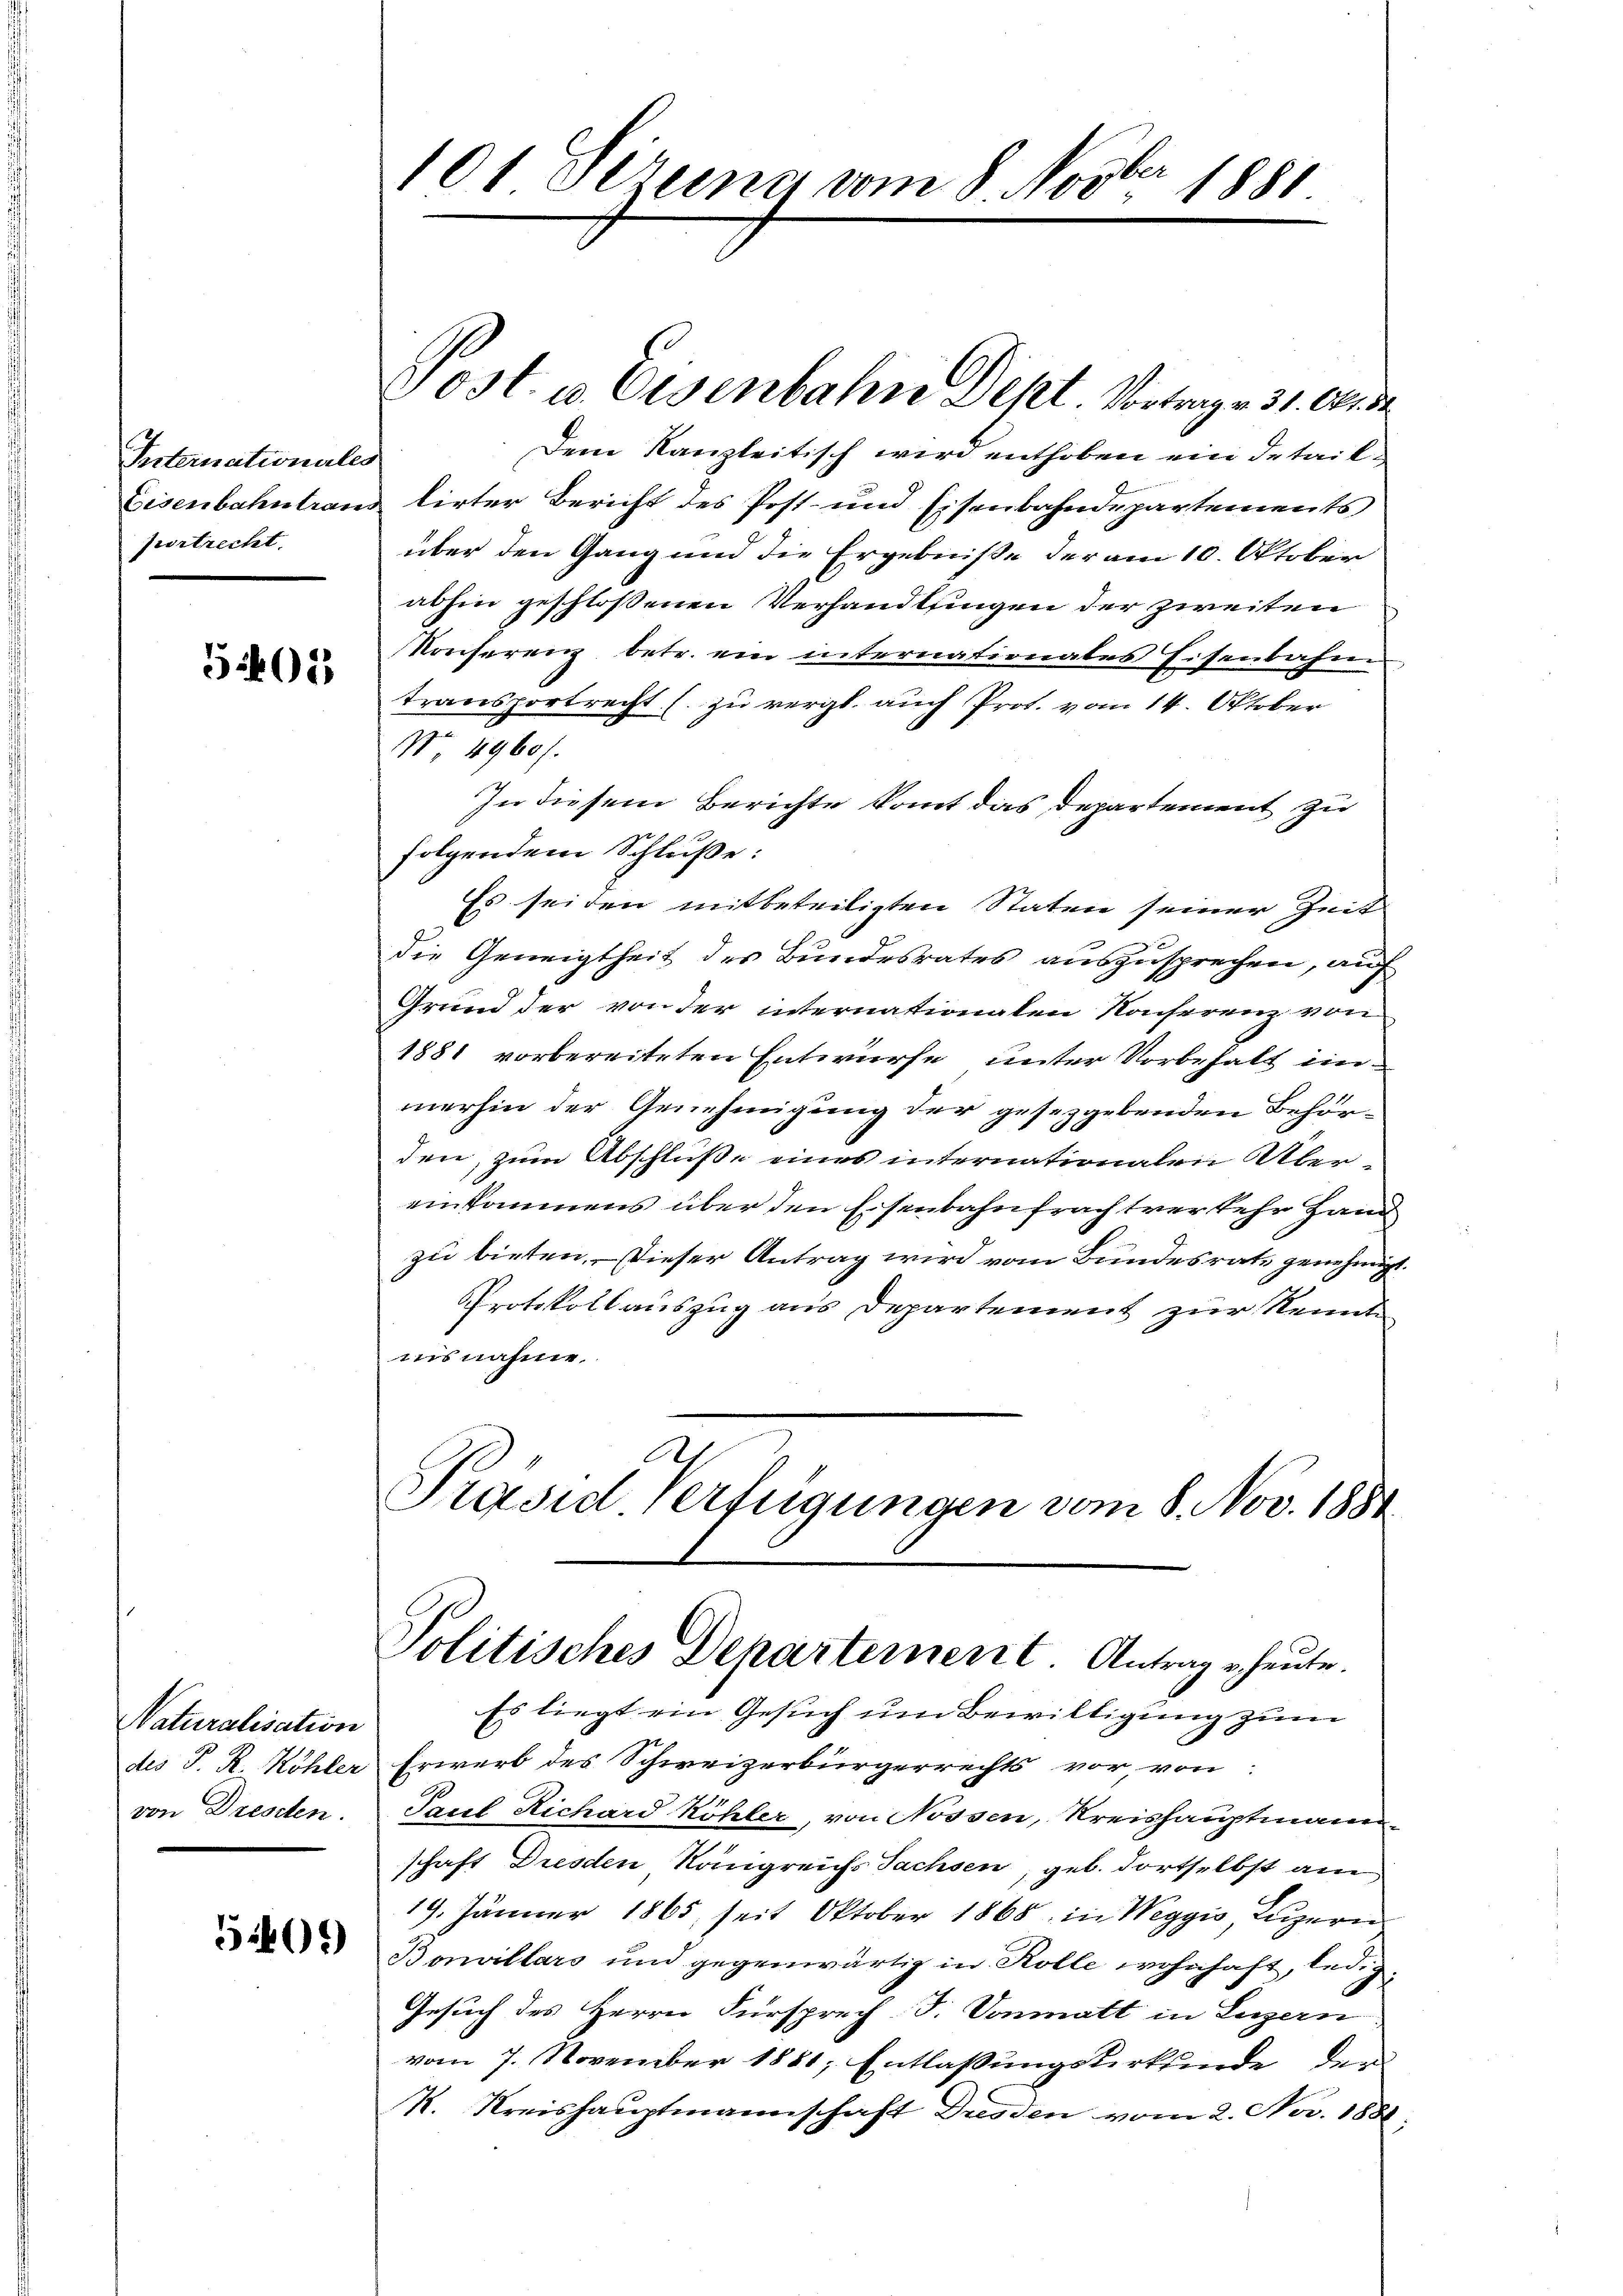
Priternationales
prtrecht.

5405

Naturalisation
des P. R. Köhler
von Dresten.

5401)

101 Sezena vom 8. Novber 1881

Post Eisenbahne Dept. Vortrag v. 31. Okto
Dem Kanzleitisch wird enthoben ein detail¬
Eisenbahntraus lirter Bericht des Post- und Eisenbahndepartements
über den Gang und die Ergebniße der am 10. Oktober
abhin geschlossenen Verhandlungen der zweiten
Konferenz betr. ein internationates Eisenbahn
transportrecht (zu vergl. auch Prot. vom 14. Oktober
No. 4960/
In diesem Berichte kommt das Departement zu
folgendem Schluße:
Es seiden mitbeteiligten Staten seiner Zeit
die Geneigtheit des Bundesrates auszusprechen, auf
Grund der von der internationalen Konferenz von
1881 vorbereiteten Entwurfe unter Vorbehalt einmerhin der Genehmigung der gesezgebenden Behörden, zum Abschluße eines internationalen Über-
einkommens über den Eisenbahnfrachtver sehr Hand
zu bieten. – Dieser Antrag wird vom Bundesrats genehmigt.
Protokollauszug aus Departement zur Kennt
uisnahme.
Präsid Verfügungen vom 8. Nov. 1881
Politisches Departement. Antrage heute.
Es liegt ein Gesuch um Bewilligung zum
Erwerb des Schweizerbürgerrechts vor, von
Paul Richard Köhler, von Nossen, Kreishauptmann
schaft Dresden, Königreichs Sachsen, geb. dortselbst am
19. Jänner 1865, seit Oktober 1868 in Weggis, Luzern
Bonvillars und gegenwärtig in Rolle wohnhaft, ledig¬
Gesuch des Herrn Fürsprech J. Vonmatt in Luzern
vom 7. November 1881, Entlassungsurkunde den
K. Kreishauptmannschaft Dresden vom 2. Nov. 1881